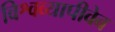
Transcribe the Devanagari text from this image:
विश्वव्यापीवेब